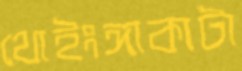
থোইংঙ্গাকাটা